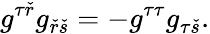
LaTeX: g^{\tau\check{r}}g_{\check{r}\check{s}}=-g^{\tau\tau}g_{\tau\check{s}}.